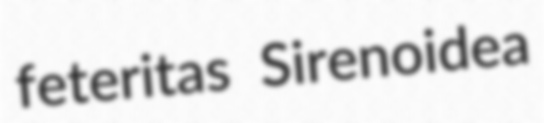
feteritas Sirenoidea